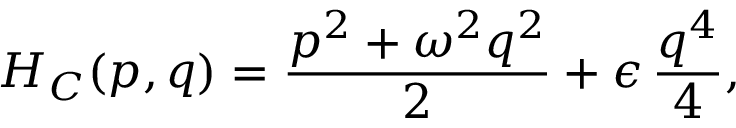
H _ { C } ( p , q ) = \frac { p ^ { 2 } + \omega ^ { 2 } q ^ { 2 } } { 2 } + \epsilon \, \frac { q ^ { 4 } } { 4 } ,